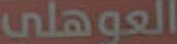
العوهلي